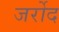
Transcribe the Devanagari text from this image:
जर्रोद